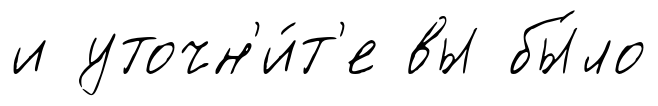
и уточн'и́т'е вы бы́ло